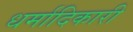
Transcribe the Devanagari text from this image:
धर्मादिकारी